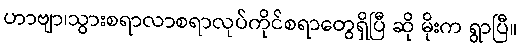
ဟာဗျာ၊သွားစရာလာစရာလုပ်ကိုင်စရာတွေရှိပြီ ဆို မိုးက ရွာပြီ။